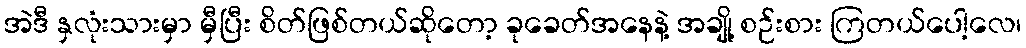
အဲဒီ နှလုံးသားမှာ မှီပြီး စိတ်ဖြစ်တယ်ဆိုတော့ ခုခေတ်အနေနဲ့ အချို့ စဉ်းစား ကြတယ်ပေါ့လေ၊